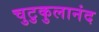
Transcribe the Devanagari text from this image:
चुटुकुलानंद